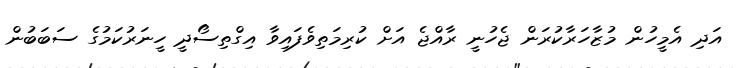
އަދި އެމީހުން މުޒާހަރާކުރަން ޖެހުނީ ރާއްޖެ އަށް ކުރިމަތިވެފައިވާ އިގްތިސޯދީ ހީނަރުކަމުގެ ސަބަބުން